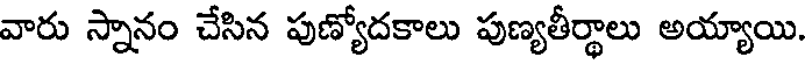
వారు స్నానం చేసిన పుణ్యోదకాలు పుణ్యతీర్థాలు అయ్యాయి.